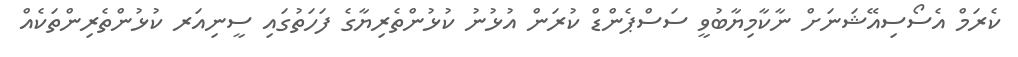
ކެރަމް އެސޯސިއޭޝަނަށް ނާކާމިޔާބުވީ ސަސްޕެންޑް ކުރަން އުޅުނު ކުޅުންތެރިޔާގެ ފަހަތުގައި ސީނިއަރ ކުޅުންތެރިންތަކެއް